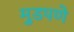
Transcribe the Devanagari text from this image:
मुडपणे